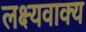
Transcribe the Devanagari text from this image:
लक्ष्यवाक्य